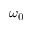
\omega _ { 0 }